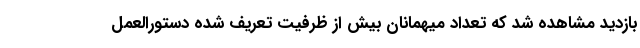
بازدید مشاهده شد که تعداد میهمانان بیش از ظرفیت تعریف شده دستورالعمل